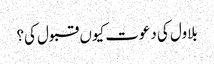
بلاول کی دعوت کیوں قبول کی؟